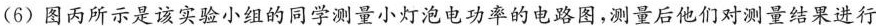
(6)图丙所示是该实验小组的同学测量小灯泡电功率的电路图，测量后他们对测量结果进行